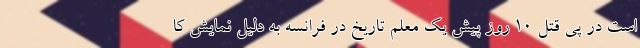
است در پی قتل 10 روز پیش یک معلم تاریخ در فرانسه به دلیل نمایش کا